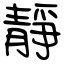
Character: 靜